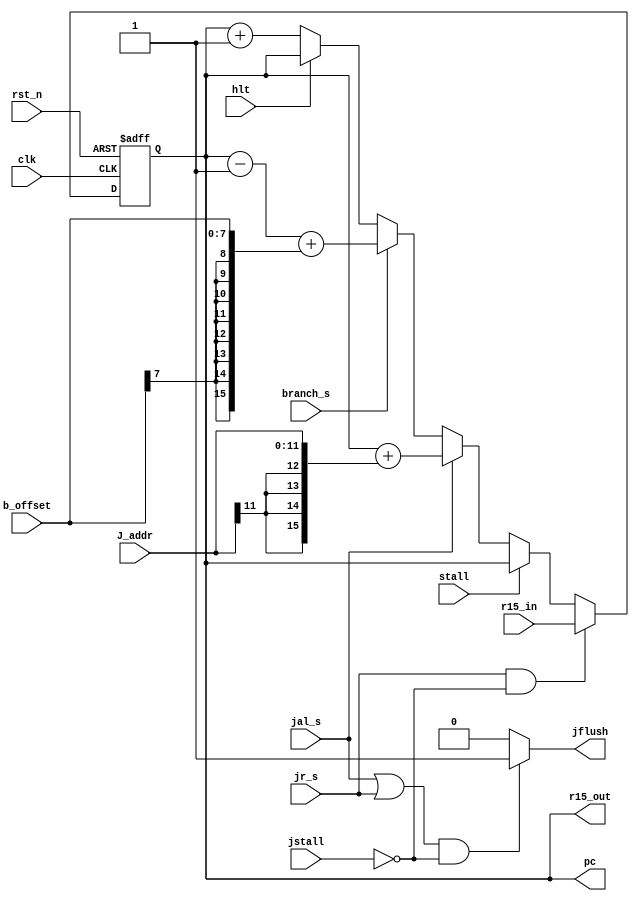
module PC(clk, pc, rst_n,hlt, J_addr,b_offset,branch_s, jal_s, jr_s, r15_out, r15_in,stall, jflush, jstall);

input clk, rst_n, hlt, branch_s, jr_s, jal_s,stall,jstall;	
input[11:0] J_addr;		// addr jump to
output[15:0] r15_out;
input [15:0] r15_in;			// register that stores previous PC when a jal excuted
input[7:0] b_offset;		// branch offset
output reg[15:0] pc;
wire[15:0] next_pc, sign_exaddr, sign_exoffset;
output jflush;


assign sign_exaddr = {{4{J_addr[11]}},J_addr};
assign sign_exoffset = {{8{b_offset[7]}}, b_offset};
assign r15_out = pc;

assign next_pc =  
                  
                  ((jr_s)&&(!jstall))? r15_in:
		              (stall)?pc:
		              (jal_s)? (pc + sign_exaddr):
		              (branch_s)? (pc - 1 + sign_exoffset): 
		              (hlt)? pc : pc+1;
assign jflush = ((jal_s||jr_s)&&(!jstall))? 1:0;

always@(posedge clk, negedge rst_n)
begin
if(!rst_n)
	pc <= 16'h0000;
else 
pc<= next_pc;		
					//if none of the branch or jump instruction encounterd
end


endmodule